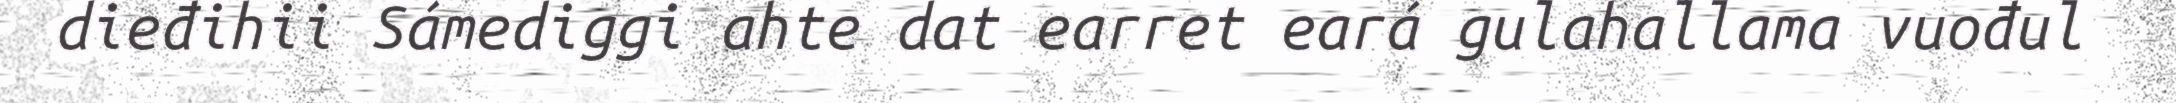
dieđihii Sámediggi ahte dat earret eará gulahallama vuođul